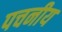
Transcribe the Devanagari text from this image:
पचनीय